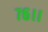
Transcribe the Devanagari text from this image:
७६।।